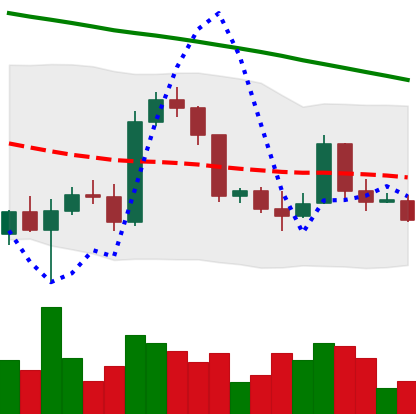
Ticker: BTC-USD
Chart end date: 2022-03-13
Forward return: 10.44%
Label: up_7plus